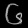
Digit: ၆